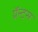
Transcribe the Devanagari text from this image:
ग्रॅन्ट्स